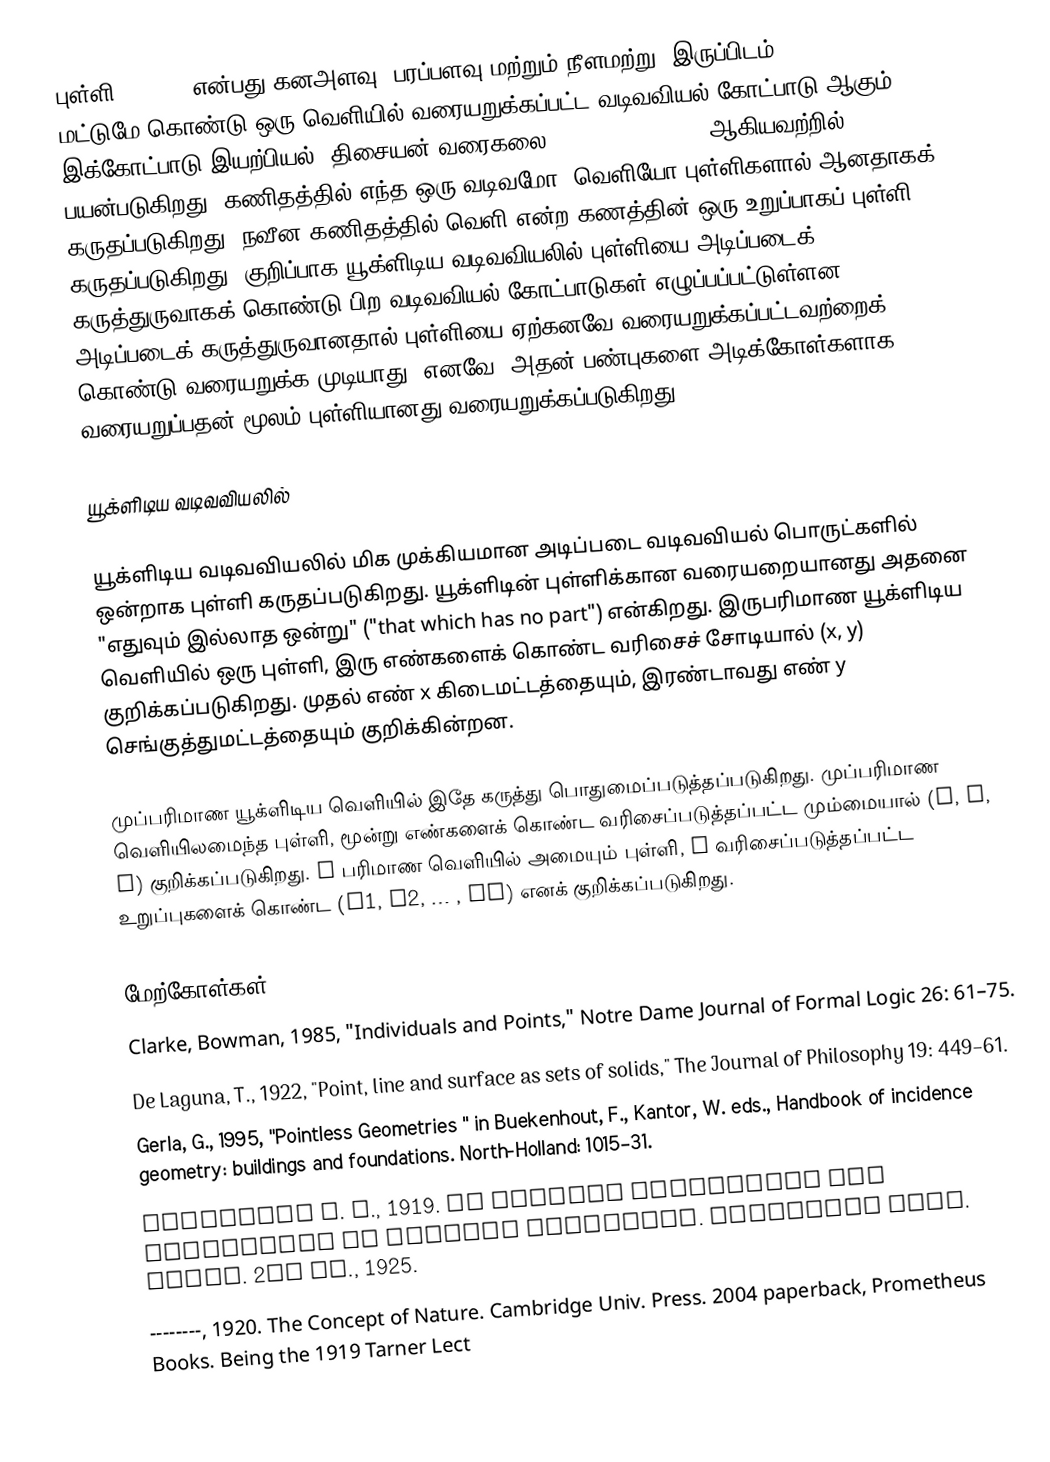
புள்ளி (Point) என்பது கனஅளவு, பரப்பளவு மற்றும் நீளமற்று, இருப்பிடம் (Location) மட்டுமே கொண்டு ஒரு வெளியில் வரையறுக்கப்பட்ட வடிவவியல் கோட்பாடு ஆகும். இக்கோட்பாடு இயற்பியல், திசையன் வரைகலை (Vector graphics) ஆகியவற்றில் பயன்படுகிறது. கணிதத்தில் எந்த ஒரு வடிவமோ, வெளியோ புள்ளிகளால் ஆனதாகக் கருதப்படுகிறது. நவீன கணிதத்தில் வெளி என்ற கணத்தின் ஒரு உறுப்பாகப் புள்ளி கருதப்படுகிறது. குறிப்பாக யூக்ளிடிய வடிவவியலில் புள்ளியை  அடிப்படைக் கருத்துருவாகக் கொண்டு பிற வடிவவியல் கோட்பாடுகள் எழுப்பப்பட்டுள்ளன. அடிப்படைக் கருத்துருவானதால் புள்ளியை ஏற்கனவே வரையறுக்கப்பட்டவற்றைக் கொண்டு வரையறுக்க முடியாது. எனவே, அதன் பண்புகளை அடிக்கோள்களாக வரையறுப்பதன் மூலம் புள்ளியானது வரையறுக்கப்படுகிறது.

யூக்ளிடிய வடிவவியலில்

யூக்ளிடிய வடிவவியலில் மிக முக்கியமான அடிப்படை வடிவவியல் பொருட்களில் ஒன்றாக புள்ளி கருதப்படுகிறது. யூக்ளிடின் புள்ளிக்கான வரையறையானது அதனை "எதுவும் இல்லாத ஒன்று" ("that which has no part") என்கிறது. இருபரிமாண யூக்ளிடிய வெளியில் ஒரு புள்ளி, இரு எண்களைக் கொண்ட வரிசைச் சோடியால் (x, y) குறிக்கப்படுகிறது. முதல் எண் x கிடைமட்டத்தையும், இரண்டாவது எண் y செங்குத்துமட்டத்தையும் குறிக்கின்றன.

முப்பரிமாண யூக்ளிடிய வெளியில் இதே கருத்து பொதுமைப்படுத்தப்படுகிறது. முப்பரிமாண வெளியிலமைந்த புள்ளி, மூன்று எண்களைக் கொண்ட வரிசைப்படுத்தப்பட்ட மும்மையால் (x, y, z) குறிக்கப்படுகிறது. n பரிமாண வெளியில் அமையும் புள்ளி, n வரிசைப்படுத்தப்பட்ட உறுப்புகளைக் கொண்ட (a1, a2, … , an) எனக் குறிக்கப்படுகிறது.

மேற்கோள்கள்
 Clarke, Bowman, 1985, "Individuals and Points," Notre Dame Journal of Formal Logic 26: 61–75.
De Laguna, T., 1922, "Point, line  and surface as sets of solids," The Journal of Philosophy 19: 449–61.
 Gerla, G., 1995, "Pointless Geometries " in Buekenhout, F., Kantor, W. eds., Handbook of incidence geometry: buildings and foundations. North-Holland: 1015–31.
 Whitehead A. N., 1919. An Enquiry Concerning the Principles of Natural Knowledge. Cambridge Univ. Press. 2nd ed., 1925.
--------, 1920. The Concept of Nature. Cambridge Univ. Press. 2004 paperback, Prometheus Books. Being the 1919 Tarner Lect